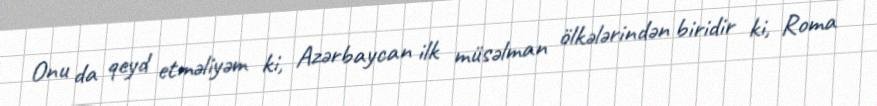
Onu da qeyd etməliyəm ki, Azərbaycan ilk müsəlman ölkələrindən biridir ki, Roma